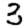
Digit: 3